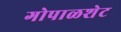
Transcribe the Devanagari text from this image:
गोपाळशेट